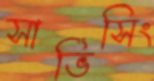
সার্ভিসিং